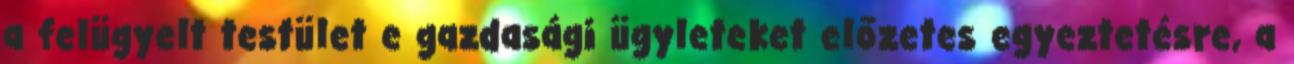
a felügyelt testület e gazdasági ügyleteket előzetes egyeztetésre, a